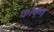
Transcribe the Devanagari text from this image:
काढ़ने